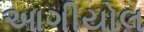
આગીયોલ